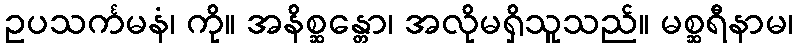
ဥပသင်္ကမနံ၊ ကို။ အနိစ္ဆန္တော၊ အလိုမရှိသူသည်။ မစ္ဆရီနာမ၊